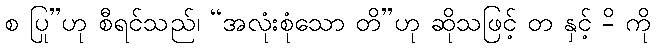
စ ပြု”ဟု စီရင်သည်၊ “အလုံးစုံသော တိ”ဟု ဆိုသဖြင့် တ နှင့် -ိ ကို